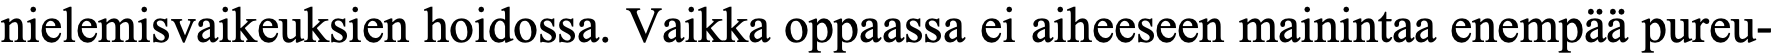
nielemisvaikeuksien hoidossa. Vaikka oppaassa ei aiheeseen mainintaa enempää pureu-